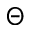
\Theta